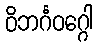
ဝိဘင်္ဂဝဂ္ဂေါ